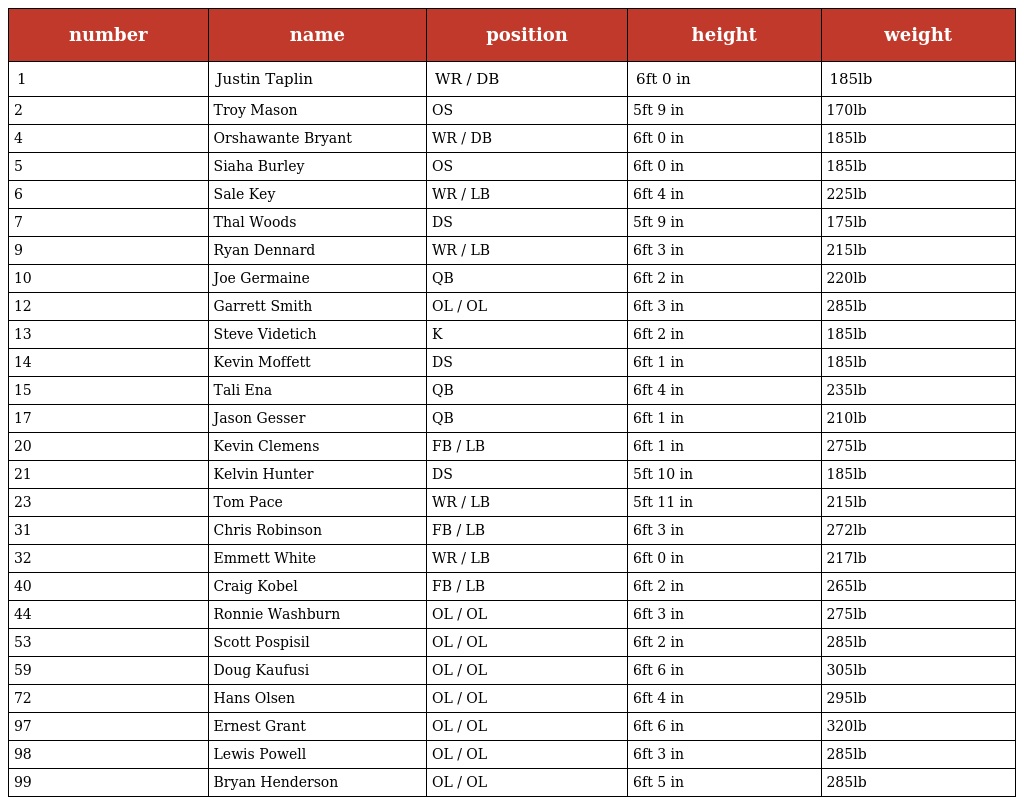
| number | name | position | height | weight |
 | --- | --- | --- | --- | --- |
 | 1 | Justin Taplin | WR / DB | 6ft 0 in | 185lb |
 | 2 | Troy Mason | OS | 5ft 9 in | 170lb |
 | 4 | Orshawante Bryant | WR / DB | 6ft 0 in | 185lb |
 | 5 | Siaha Burley | OS | 6ft 0 in | 185lb |
 | 6 | Sale Key | WR / LB | 6ft 4 in | 225lb |
 | 7 | Thal Woods | DS | 5ft 9 in | 175lb |
 | 9 | Ryan Dennard | WR / LB | 6ft 3 in | 215lb |
 | 10 | Joe Germaine | QB | 6ft 2 in | 220lb |
 | 12 | Garrett Smith | OL / OL | 6ft 3 in | 285lb |
 | 13 | Steve Videtich | K | 6ft 2 in | 185lb |
 | 14 | Kevin Moffett | DS | 6ft 1 in | 185lb |
 | 15 | Tali Ena | QB | 6ft 4 in | 235lb |
 | 17 | Jason Gesser | QB | 6ft 1 in | 210lb |
 | 20 | Kevin Clemens | FB / LB | 6ft 1 in | 275lb |
 | 21 | Kelvin Hunter | DS | 5ft 10 in | 185lb |
 | 23 | Tom Pace | WR / LB | 5ft 11 in | 215lb |
 | 31 | Chris Robinson | FB / LB | 6ft 3 in | 272lb |
 | 32 | Emmett White | WR / LB | 6ft 0 in | 217lb |
 | 40 | Craig Kobel | FB / LB | 6ft 2 in | 265lb |
 | 44 | Ronnie Washburn | OL / OL | 6ft 3 in | 275lb |
 | 53 | Scott Pospisil | OL / OL | 6ft 2 in | 285lb |
 | 59 | Doug Kaufusi | OL / OL | 6ft 6 in | 305lb |
 | 72 | Hans Olsen | OL / OL | 6ft 4 in | 295lb |
 | 97 | Ernest Grant | OL / OL | 6ft 6 in | 320lb |
 | 98 | Lewis Powell | OL / OL | 6ft 3 in | 285lb |
 | 99 | Bryan Henderson | OL / OL | 6ft 5 in | 285lb |